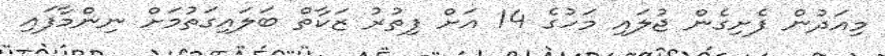
މިއަދުން ފެށިގެން ޖުލައި މަހުގެ 14 އަށް ފިތުރު ޒަކާތް ބަލައިގަތުމަށް ނިންމާފައި